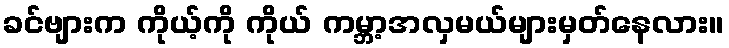
ခင်ဗျားက ကိုယ့်ကို ကိုယ် ကမ္ဘာ့အလှမယ်များမှတ်နေလား။